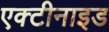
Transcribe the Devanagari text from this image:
एक्टीनाइड